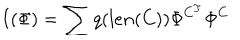
I ( \Phi ) = \sum q ( l e n ( C ) ) \Phi ^ { C ^ { T } } \Phi ^ { C }